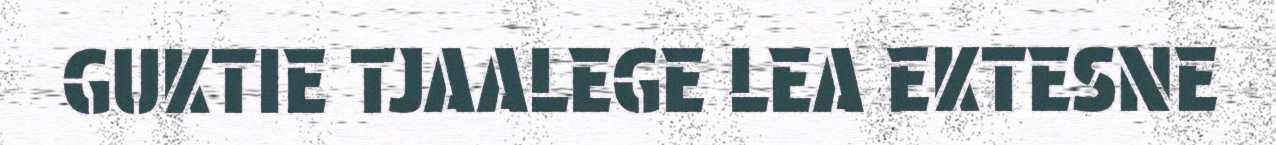
GUKTIE TJAALEGE LEA EKTESNE